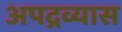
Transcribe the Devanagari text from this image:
अपद्रव्यास